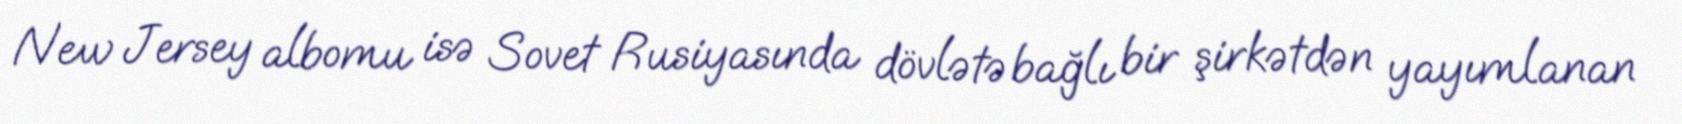
New Jersey albomu isə Sovet Rusiyasında dövlətə bağlı bir şirkətdən yayımlanan